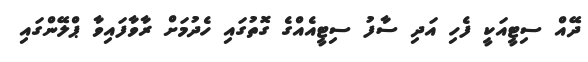
ދޭއް ސިޓީއަކީ ފެހި އަދި ސާފު ސިޓީއެއްގެ ގޮތުގައި ހެދުމަށް ރާވާފައިވާ ޕްލޭންގައި